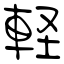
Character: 軽